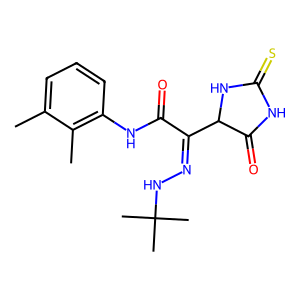
SMILES: Cc1cccc(NC(=O)C(=NNC(C)(C)C)C2NC(=S)NC2=O)c1C
Inhibits HIV replication: No